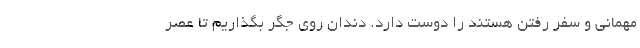
مهمانی و سفر رفتن هستند را دوست دارد. دندان روی جگر بگذاریم تا عصر